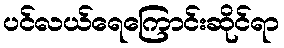
ပင်လယ်ရေကြောင်းဆိုင်ရာ